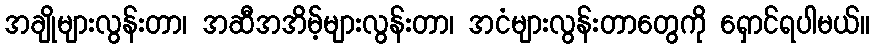
အချိုများလွန်းတာ၊ အဆီအအိမ့်များလွန်းတာ၊ အငံများလွန်းတာတွေကို ရှောင်ရပါမယ်။